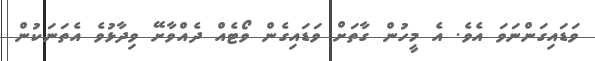
ވަޑައިގަންނަވަ އެވެ. އެ މީހުން ގާތަށް ވަޑައިގެން ވޯޓެއް ދެއްވާށޭ ވިދާޅުވެ އެތަނަކުން